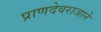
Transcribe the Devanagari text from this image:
प्राणदेवराजाने